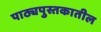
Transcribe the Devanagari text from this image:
पाठ्यपुस्तकातील